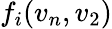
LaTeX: f_{i}(v_{n},v_{2})